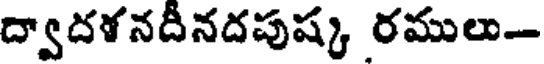
ద్వాదళనదీనదపుష్క రములు-